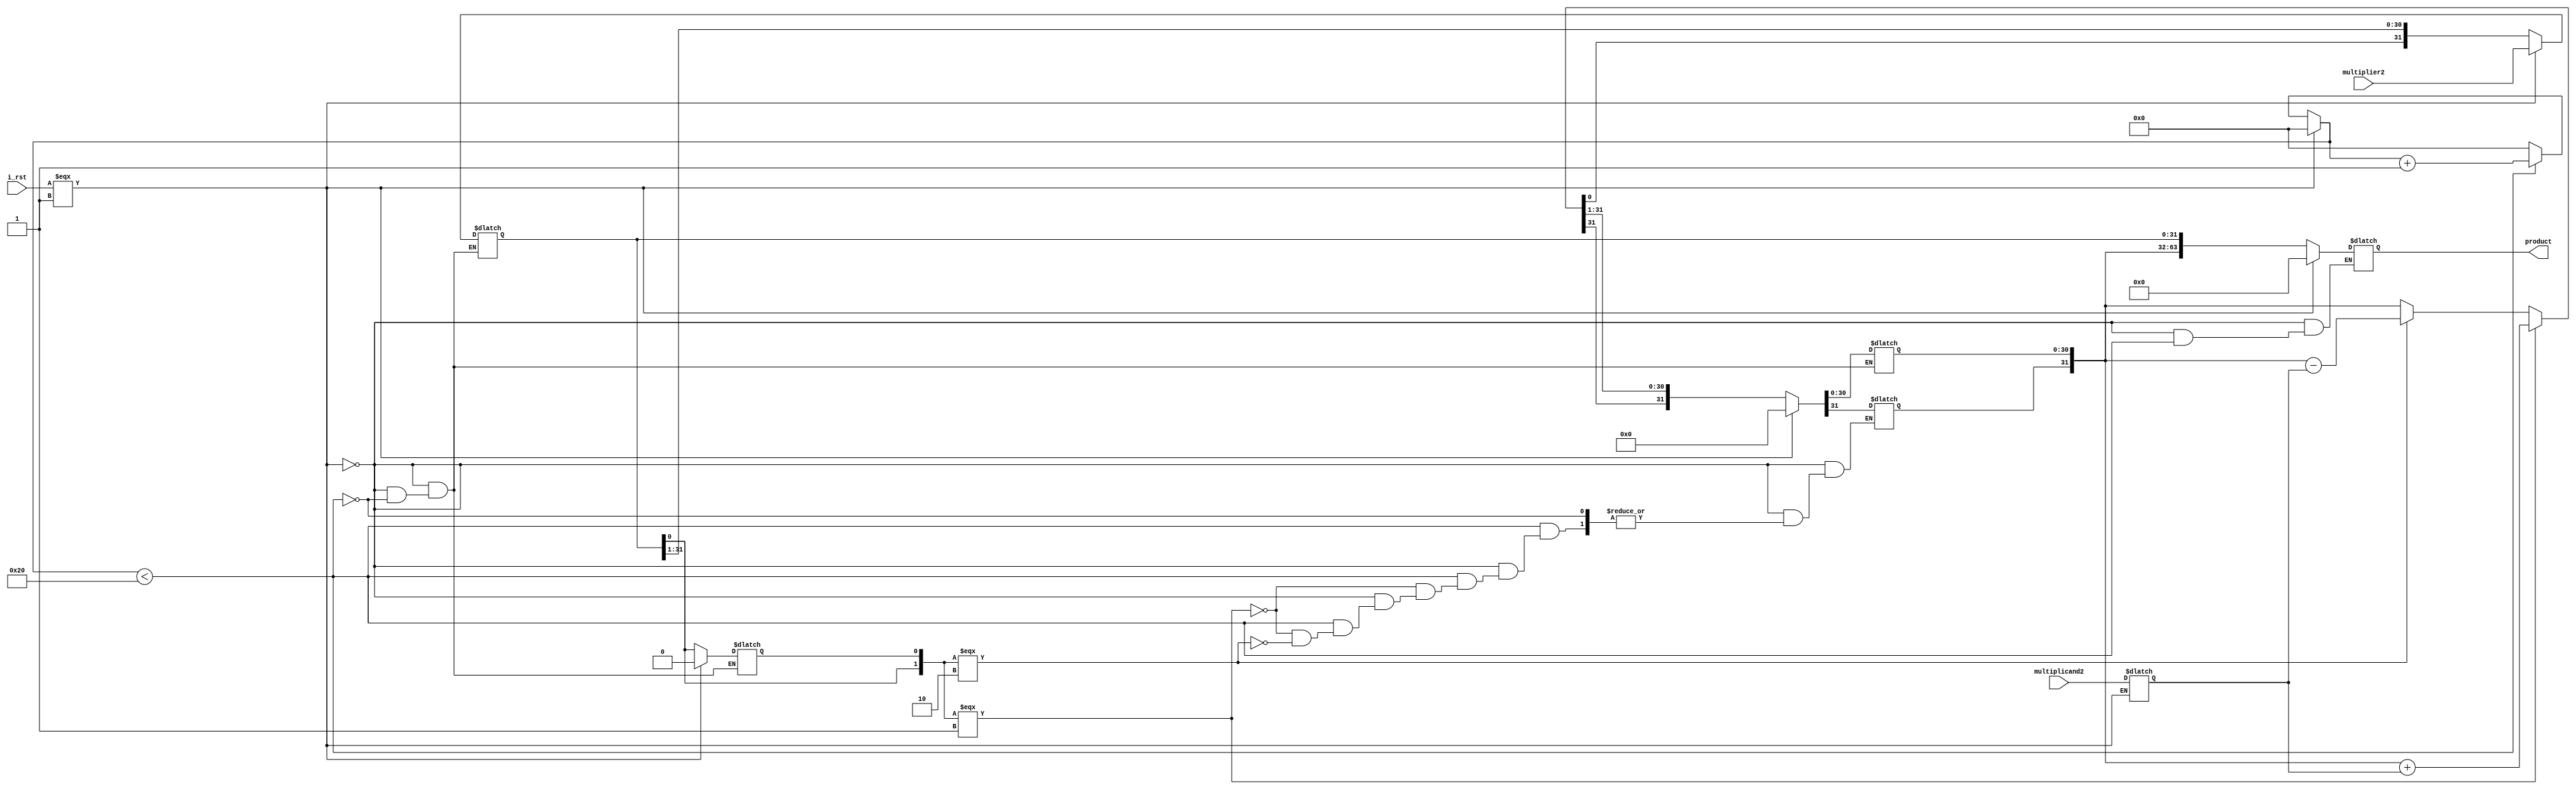
module booth #(
    parameter N = 32
) (
    multiplicand2,
    multiplier2,
    i_rst,
    product
);
  /// defining the inputs 
  input [31:0] multiplicand2;
  input [31:0] multiplier2;
  input i_rst;
  /// defining the outputs 
  output reg [63:0] product;

  /// defining some utility components
  reg q0;  // on this we compare. 
  reg [31 : 0] accumlator;
  reg [31:0] multiplicand, multiplier;
  // reg FromAccToMult, FromMultToQ0; 

  reg [6:0] n;

  always @(*) begin
    if (i_rst === 1'b1) begin
      n = 0;
      /// initialize 
      product = 64'b0;
      accumlator = 32'b0;
      //FromAccToMult = 1'b0; 
      //FromMultToQ0 = 1'b0; 
      q0 = 1'b0;
      multiplicand = multiplicand2;
      multiplier = multiplier2;
    end else begin

      if (n < 32) begin
        /// note -> fe 1 bytl3 fe nos el arkam bybwz el denya,,,
        // if(q0 == multiplier[0]) begin 
        /// here we should do nothing, we just SAR and decrement n after that. 

        if ({multiplier[0], q0} === 2'b01) begin
          /// here we should do accumlator = accumaltor + multiplier                
          accumlator = accumlator + multiplicand;
        end else if ({multiplier[0], q0} === 2'b10) begin
          /// here we should do accumlator = accumaltor - multiplier                
          accumlator = accumlator - multiplicand;
        end

        // here we should apply shift arethmatic right
        {accumlator, multiplier, q0} = {accumlator[31], accumlator, multiplier};
        n = n + 1'b1;
      end else begin
        /// this is the last step so we should just assign the product to the AQ
        product = {accumlator, multiplier};
        n = 0;

      end
    end
  end
endmodule

module registerNbits #(
    parameter N = 8
) (
    clk,
    reset,
    en,
    inp,
    out
);
  input clk, reset, en;
  output reg [N-1:0] out;
  input [N-1:0] inp;
  always @(posedge clk) begin
    if (reset) out <= 'b0;
    else if (en) out <= inp;
  end
endmodule

module boothMult (
    input i_clk,
    input i_rst,
    input i_en,
    input [31:0] i_inputA,
    input [31:0] i_inputB,
    output [63:0] o_result
);

  wire [31:0] A_reg;
  wire [31:0] B_reg;
  wire [63:0] out_reg;


  registerNbits #(32) regA (
      i_clk,
      i_rst,
      i_en,
      i_inputA,
      A_reg
  );
  registerNbits #(32) regB (
      i_clk,
      i_rst,
      i_en,
      i_inputB,
      B_reg
  );
  booth boothUnit (
      A_reg,
      B_reg,
      i_rst,
      out_reg
  );
  registerNbits #(64) outReg (
      i_clk,
      i_rst,
      i_en,
      out_reg,
      o_result[63:0]
  );
endmodule